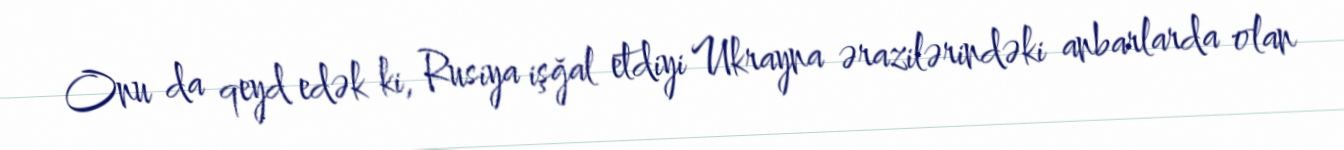
Onu da qeyd edək ki, Rusiya işğal etdiyi Ukrayna ərazilərindəki anbarlarda olan